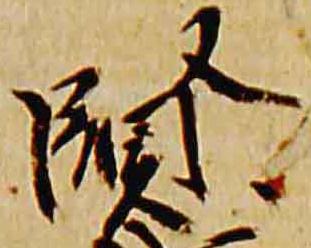
賢